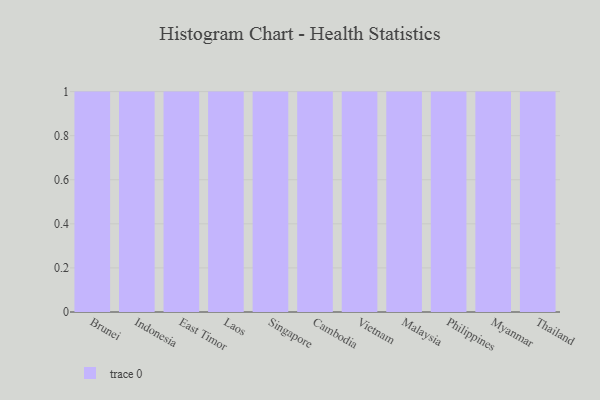
{"axis": {"x": "Country", "y": "Inventory Turnover"}, "legend": [""], "data": [{"x": "Brunei", "y": 5, "type": ""}, {"x": "Indonesia", "y": 90, "type": ""}, {"x": "East Timor", "y": 87, "type": ""}, {"x": "Laos", "y": 46, "type": ""}, {"x": "Singapore", "y": 54, "type": ""}, {"x": "Cambodia", "y": 12, "type": ""}, {"x": "Vietnam", "y": 93, "type": ""}, {"x": "Malaysia", "y": 42, "type": ""}, {"x": "Philippines", "y": 35, "type": ""}, {"x": "Myanmar", "y": 88, "type": ""}, {"x": "Thailand", "y": 51, "type": ""}]}